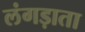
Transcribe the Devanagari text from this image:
लंगड़ाता